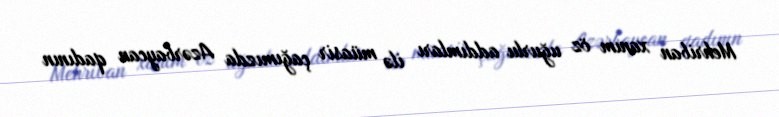
Mehriban xanım öz uğurlu addımları ilə müasir çağımızda Azərbaycan qadının